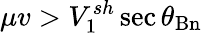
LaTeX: \mu v>V_{1}^{sh}\sec{\theta_{\mathrm{Bn}}}